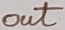
Text: out